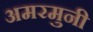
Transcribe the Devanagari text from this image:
अमरमुनी